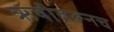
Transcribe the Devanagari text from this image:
ऋषीवरूनच